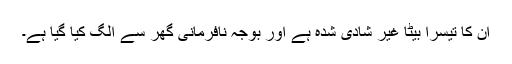
ان کا تیسرا بیٹا غیر شادی شدہ ہے اور بوجہ نافرمانی گھر سے الگ کیا گیا ہے۔